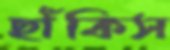
ছাঁকিস